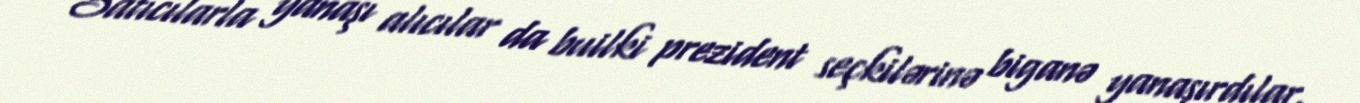
Satıcılarla yanaşı alıcılar da builki prezident seçkilərinə biganə yanaşırdılar.